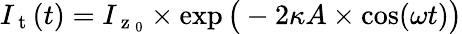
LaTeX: I_{\mathrm{~t~}}(t)=I_{\mathrm{~z~}_{0}}\times\exp\big(-2\kappa A\times\cos(\omega t)\big)